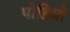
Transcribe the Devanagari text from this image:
पोहियो